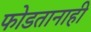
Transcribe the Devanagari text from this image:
फोडतानाही